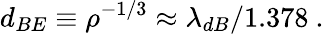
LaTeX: d_{BE}\equiv\rho^{-1/3}\approx\lambda_{dB}/1.378\ .